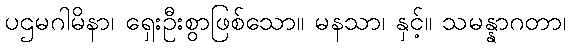
ပဌမဂါမိနာ၊ ရှေးဦးစွာဖြစ်သော။ မနသာ၊ နှင့်။ သမန္နာဂတာ၊